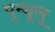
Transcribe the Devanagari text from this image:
पुन्थूलू